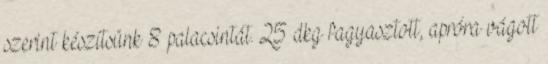
szerint készítsünk 8 palacsintát. 25 dkg fagyasztott, apróra vágott